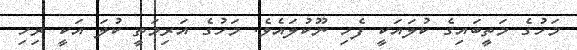
މަހުގެ މަތީބައިގެ ކުލައަކީ ފެހި ނޫކުލައެވެ. މަހުގެ އަރިމަތީ ކުލަ އަކީ ރިހި